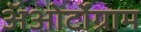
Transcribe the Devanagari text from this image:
अॅओर्टोग्राम